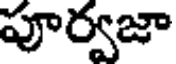
పూర్వజా